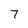
Character: 7